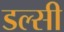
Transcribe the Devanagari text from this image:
डल्सी